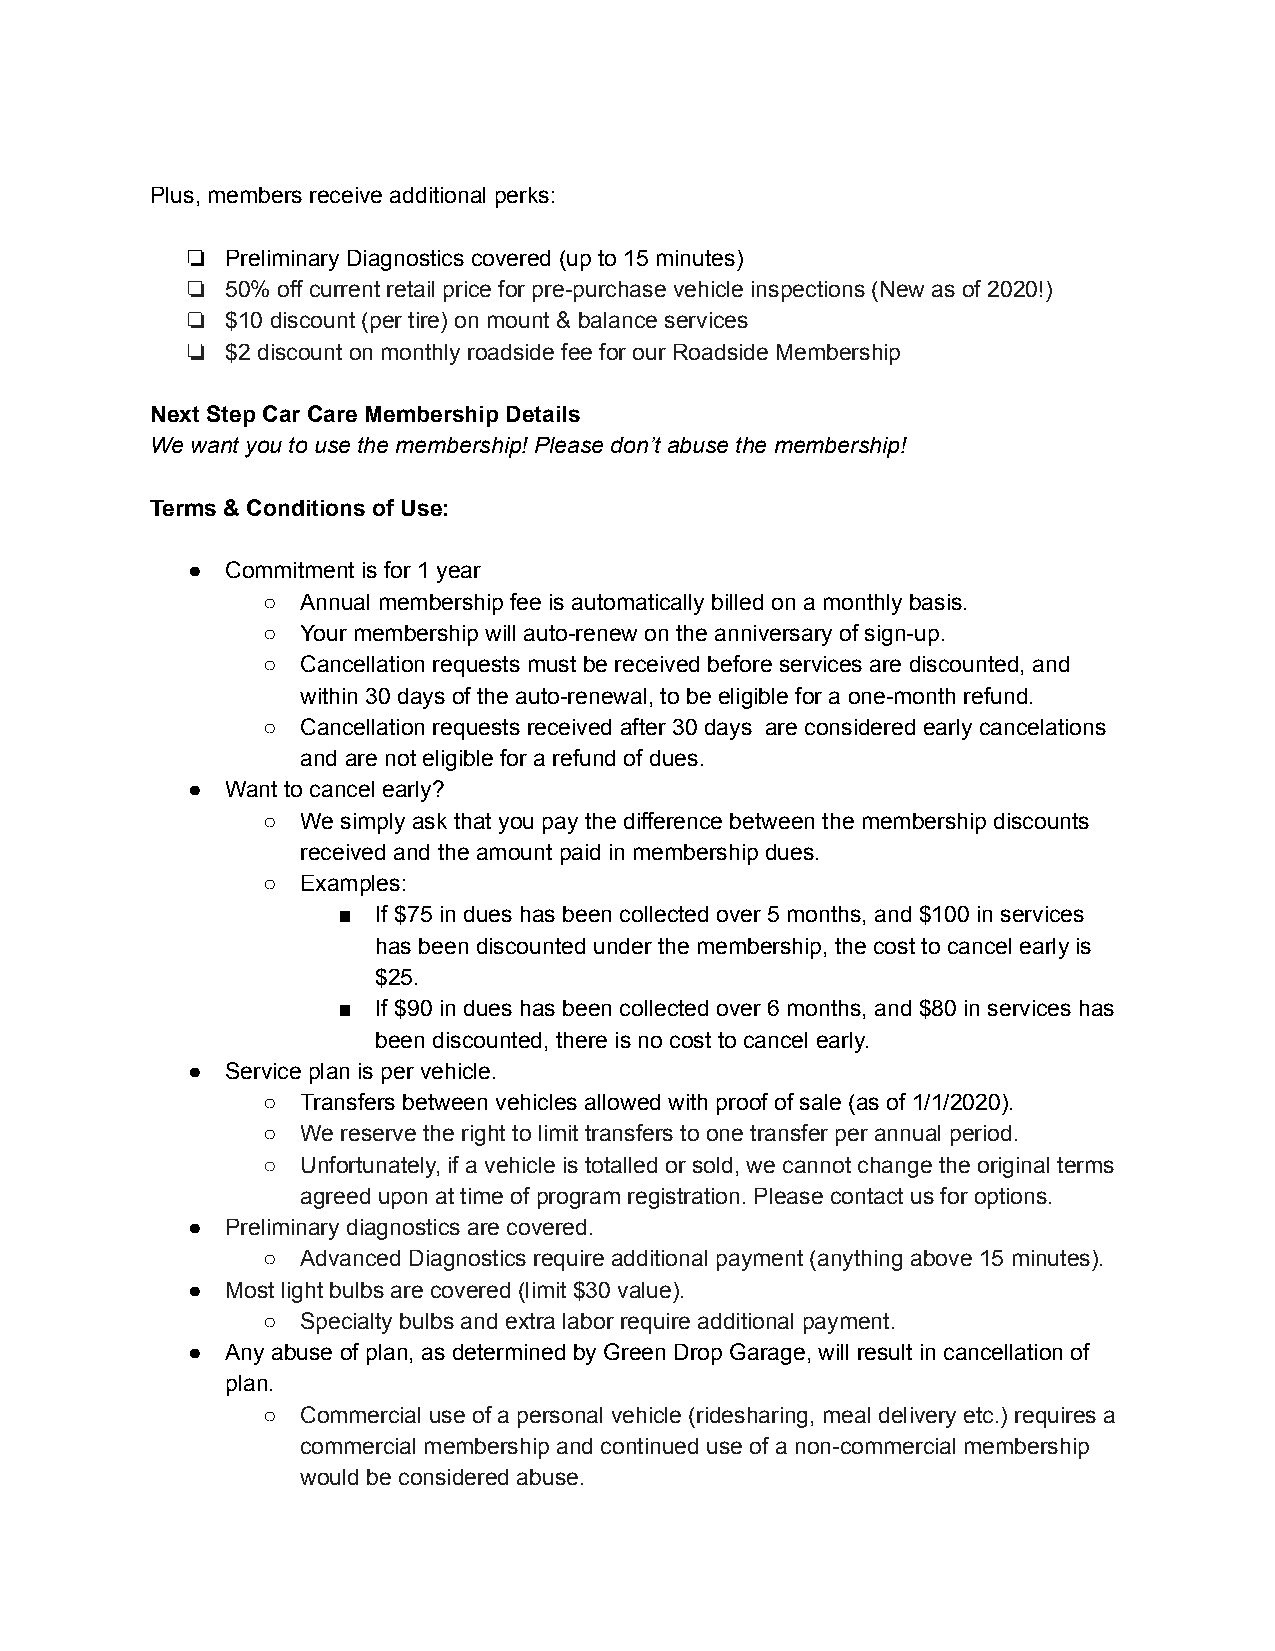
Plus, members receive additional perks:
 ❏  Preliminary Diagnostics covered (up to 15 minutes)
 ❏  50% off current retail price for pre-purchase vehicle inspections (New as of 2020!)
 ❏  $10 discount (per tire) on mount & balance services
 ❏  $2 discount on monthly roadside fee for our Roadside Membership
 Next Step Car Care Membership Details
 We want you to use the membership! Please don’t abuse the membership!
 Terms & Conditions of Use:
 ●  Commitment is for 1 year
 ○  Annual membership fee is automatically billed on a monthly basis.
 ○  Your membership will auto-renew on the anniversary of sign-up.
 ○  Cancellation requests must be received before services are discounted, and
 within 30 days of the auto-renewal, to be eligible for a one-month refund.
 ○  Cancellation requests received after 30 days are considered early cancelations
 and are not eligible for a refund of dues.
 ●  Want to cancel early?
 ○  We simply ask that you pay the difference between the membership discounts
 received and the amount paid in membership dues.
 ○  Examples:
 ■  If $75 in dues has been collected over 5 months, and $100 in services
 has been discounted under the membership, the cost to cancel early is
 $25.
 ■  If $90 in dues has been collected over 6 months, and $80 in services has
 been discounted, there is no cost to cancel early.
 ●  Service plan is per vehicle.
 ○  Transfers between vehicles allowed with proof of sale (as of 1/1/2020).
 ○  We reserve the right to limit transfers to one transfer per annual period.
 ○  Unfortunately, if a vehicle is totalled or sold, we cannot change the original terms
 agreed upon at time of program registration. Please contact us for options.
 ●  Preliminary diagnostics are covered.
 ○  Advanced Diagnostics require additional payment (anything above 15 minutes).
 ●  Most light bulbs are covered (limit $30 value).
 ○  Specialty bulbs and extra labor require additional payment.
 ●  Any abuse of plan, as determined by Green Drop Garage, will result in cancellation of
 plan.
 ○  Commercial use of a personal vehicle (ridesharing, meal delivery etc.) requires a
 commercial membership and continued use of a non-commercial membership
 would be considered abuse.